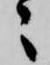
々